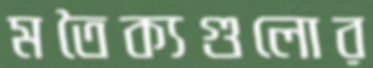
মতৈক্যগুলোর